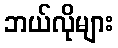
ဘယ်လိုများ